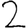
Digit: 2